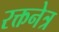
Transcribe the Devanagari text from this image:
रक्तनेत्र